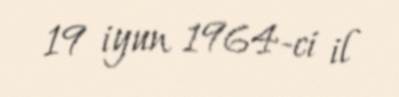
19 iyun 1964-ci il